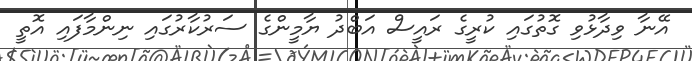
އޭނާ ވިދާޅުވި ގޮތުގައި ކުރީގެ ރައީސް އަބްދު ޔާމީންގެ ސަރުކާރުގައި ނިންމާފައި އޮތީ